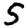
Digit: 5